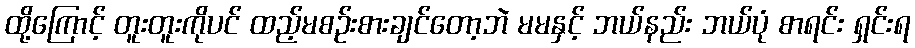
ထို့ကြောင့် တူးတူးကိုပင် ထည့်မစဉ်းစားချင်တော့ဘဲ မမနှင့် ဘယ်နည်း ဘယ်ပုံ စာရင်း ရှင်းရ